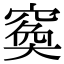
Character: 𥦺